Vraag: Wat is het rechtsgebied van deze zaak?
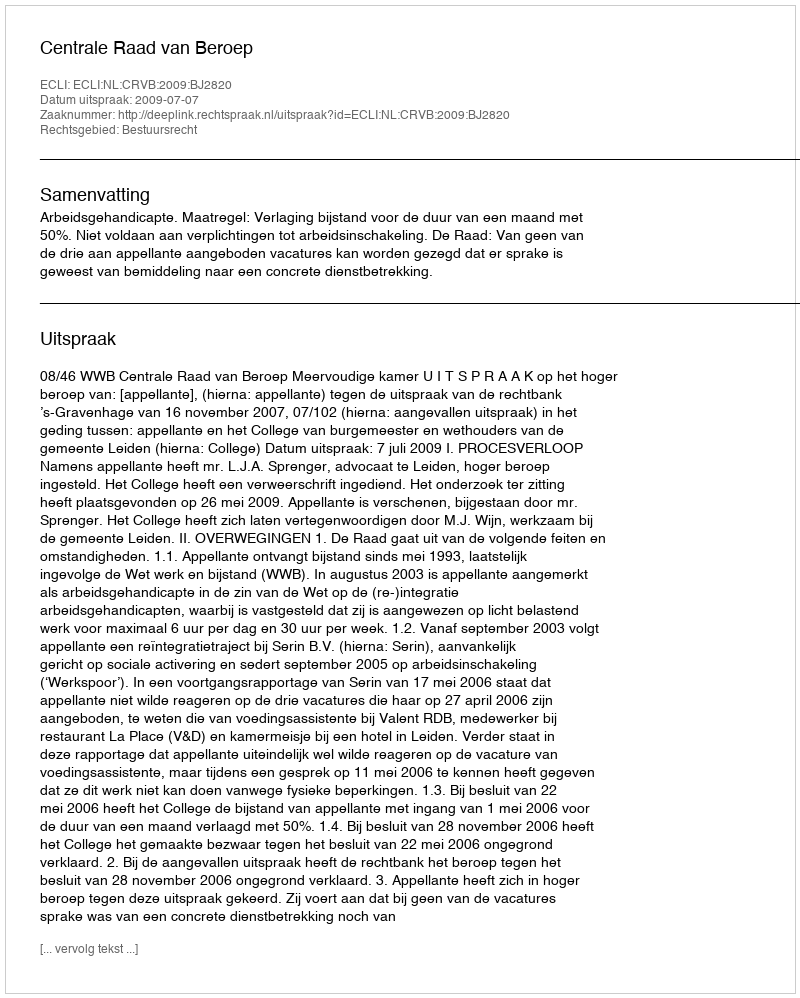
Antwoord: Bestuursrecht